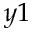
y 1